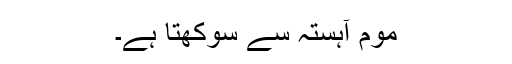
موم آہستہ سے سوکھتا ہے۔